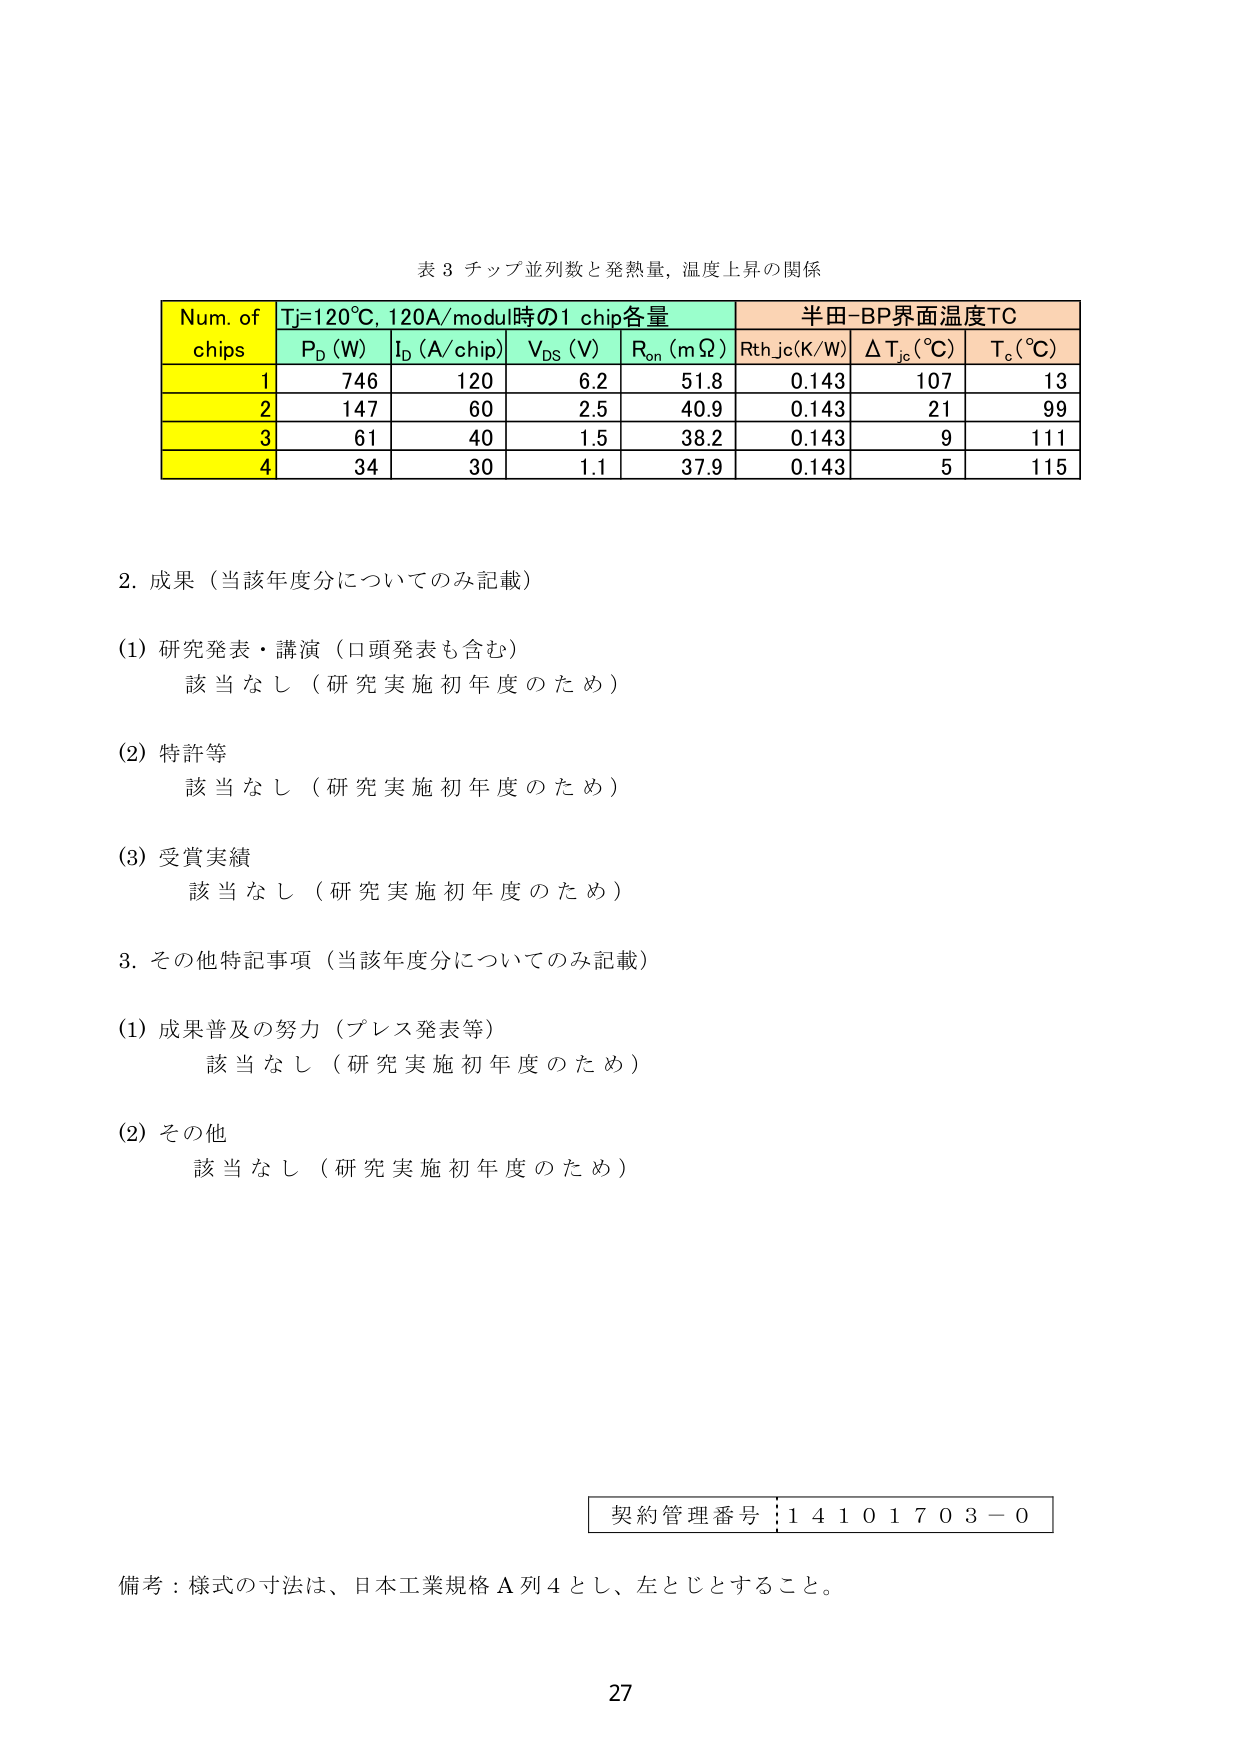
表 3 チップ並列数と発熱量, 温度上昇の関係

Num. of
chips
Tj=120°C, 120A/modul時の1 chip各量
半田-BP界面温度TC
P_D (W)
I_D (A/chip)
V_DS (V)
R_on (mΩ)
Rth_jc(K/W)
ΔT_jc (°C)
T_c (°C)
1
746
120
6.2
51.8
0.143
107
13
2
147
60
2.5
40.9
0.143
21
99
3
61
40
1.5
38.2
0.143
9
111
4
34
30
1.1
37.9
0.143
5
115

2. 成果（当該年度分についてのみ記載）

(1) 研究発表・講演（口頭発表も含む）
　　該当なし（研究実施初年度のため）

(2) 特許等
　　該当なし（研究実施初年度のため）

(3) 受賞実績
　　該当なし（研究実施初年度のため）

3. その他特記事項（当該年度分についてのみ記載）

(1) 成果普及の努力（プレス発表等）
　　該当なし（研究実施初年度のため）

(2) その他
　　該当なし（研究実施初年度のため）

契約管理番号：14101703-0

備考：様式の寸法は、日本工業規格A列4とし、左とじとすること。

27